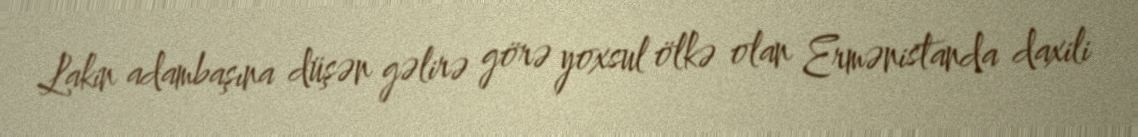
Lakin adambaşına düşən gəlirə görə yoxsul ölkə olan Ermənistanda daxili